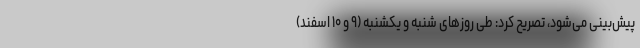
پیش‌بینی می‌شود، تصریح کرد: طی روزهای شنبه و یکشنبه (۹ و ۱۰ اسفند)